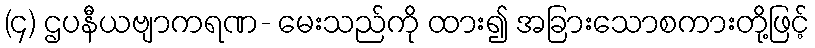
(၄) ဌပနီယဗျာကရဏ- မေးသည်ကို ထား၍ အခြားသောစကားတို့ဖြင့်